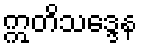
ဣတိသဒ္ဒေန